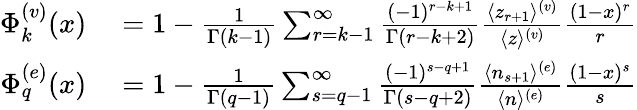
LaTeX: \begin{array}{rl}{\Phi_{k}^{(v)}(x)}&{{}=1-{\frac{1}{\Gamma(k-1)}}\sum_{r=k-1}^{\infty}{\frac{(-1)^{r-k+1}}{\Gamma(r-k+2)}}{\frac{\langle z_{r+1}\rangle^{(v)}}{\langle z\rangle^{(v)}}}{\frac{(1-x)^{r}}{r}}}\\ {\Phi_{q}^{(e)}(x)}&{{}=1-{\frac{1}{\Gamma(q-1)}}\sum_{s=q-1}^{\infty}{\frac{(-1)^{s-q+1}}{\Gamma(s-q+2)}}{\frac{\langle n_{s+1}\rangle^{(e)}}{\langle n\rangle^{(e)}}}{\frac{(1-x)^{s}}{s}}}\end{array}